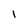
Character: l